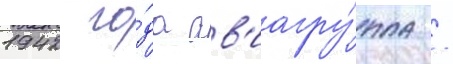
1942 го́да ав'иагру́ппа /